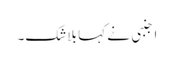
اجنبی نے کہا بلاشک۔